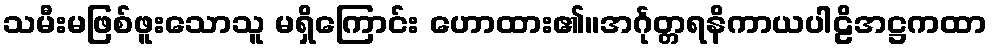
သမီးမဖြစ်ဖူးသောသူ မရှိကြောင်း ဟောထား၏။အင်္ဂုတ္တရနိကာယပါဠိအဋ္ဌကထာ